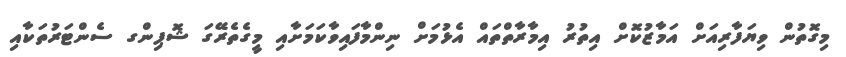
މިގޮތުން ވިޔަފާރިއަށް އަމާޒުކޮށް އިތުރު އިމާރާތްތައް އެޅުމަށް ނިންމާފައިވާކަމަށާއި މީގެތެރޭގަ ޝޮޕިންގ ސެންޓަރުތަކާއި